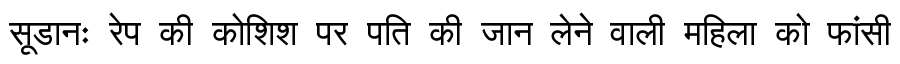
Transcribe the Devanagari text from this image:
सूडानः रेप की कोशिश पर पति की जान लेने वाली महिला को फांसी